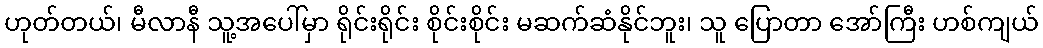
ဟုတ်တယ်၊ မီလာနီ သူ့အပေါ်မှာ ရိုင်းရိုင်း စိုင်းစိုင်း မဆက်ဆံနိုင်ဘူး၊ သူ ပြောတာ အော်ကြီး ဟစ်ကျယ်